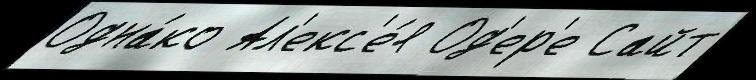
Одна́ко Ал'екс'е́я Од'ер'е Сайт